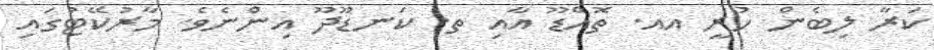
ކަރާ ލިބެން ހުރީ އއ. ތޮއްޑޫ އާއި ތ. ކަނޑޫދޫ އިންނެވެ. މާރުކޭޓުގައި